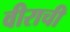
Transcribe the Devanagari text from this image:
वीराची